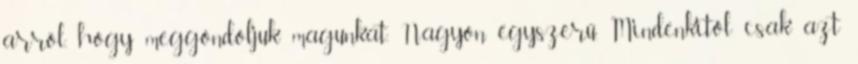
arról, hogy meggondoljuk magunkat. Nagyon egyszerű. Mindenkitől csak azt